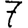
Digit: 7